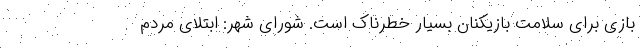
بازی برای سلامت بازیکنان بسیار خطرناک است. شورای شهر: ابتلای مردم